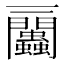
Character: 𧖔